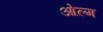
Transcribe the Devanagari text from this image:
ओल्म